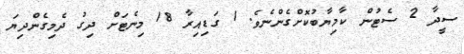
ސީދާ 2 ސެޓުން ކާމިޔާބުކޮށްގެންނެވެ. 1 ގަޑިއިރާ 18 މިނެޓަށް ދިގު ދެމިގެންދިޔަ